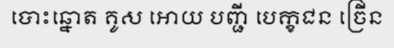
បោះឆ្នោត គូស អោយ បញ្ជី បេក្ខជន ច្រើន